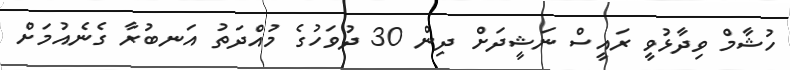
ހުޝާމް ވިދާޅުވީ ރައީސް ނަޝީދަށް ދިން 30 ދުވަހުގެ މުއްދަތު އަނބުރާ ގެނެއުމަށް